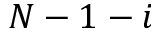
N - 1 - i